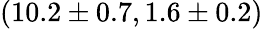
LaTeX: (10.2\pm 0.7,1.6\pm 0.2)